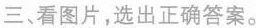
三、看图片，选出正确答案。